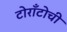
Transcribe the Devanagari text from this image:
टोराँटोची